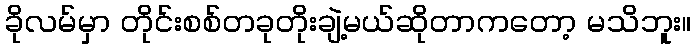
ခိုလမ်မှာ တိုင်းစစ်တခုတိုးချဲ့မယ်ဆိုတာကတော့ မသိဘူး။